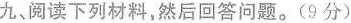
九、阅读下列材料，然后回答问题。(9分)